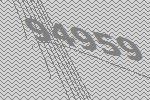
94959